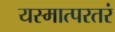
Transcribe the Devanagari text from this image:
यस्मात्परतरं